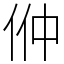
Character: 㑖